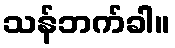
သန်ဘက်ခါ။